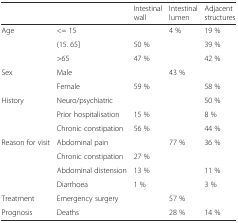
<table><thead><tr><td>[EMPTY_CELL]</td><td>[EMPTY_CELL]</td><td><b>Intestinal wall</b></td><td><b>Intestinal lumen</b></td><td><b>Adjacent structures</b></td></tr></thead><tbody><tr><td rowspan="3">Age</td><td>&lt;= 15</td><td>[EMPTY_CELL]</td><td>4 %</td><td>19 %</td></tr><tr><td>(15. 65]</td><td>50 %</td><td>[EMPTY_CELL]</td><td>39 %</td></tr><tr><td>&gt;65</td><td>47 %</td><td>[EMPTY_CELL]</td><td>42 %</td></tr><tr><td rowspan="2">Sex</td><td>Male</td><td>[EMPTY_CELL]</td><td>43 %</td><td>[EMPTY_CELL]</td></tr><tr><td>Female</td><td>59 %</td><td>[EMPTY_CELL]</td><td>58 %</td></tr><tr><td rowspan="3">History</td><td>Neuro/psychiatric</td><td>[EMPTY_CELL]</td><td>[EMPTY_CELL]</td><td>50 %</td></tr><tr><td>Prior hospitalisation</td><td>15 %</td><td>[EMPTY_CELL]</td><td>8 %</td></tr><tr><td>Chronic constipation</td><td>56 %</td><td>[EMPTY_CELL]</td><td>44 %</td></tr><tr><td rowspan="4">Reason for visit</td><td>Abdominal pain</td><td>[EMPTY_CELL]</td><td>77 %</td><td>36 %</td></tr><tr><td>Chronic constipation</td><td>27 %</td><td>[EMPTY_CELL]</td><td>[EMPTY_CELL]</td></tr><tr><td>Abdominal distension</td><td>13 %</td><td>[EMPTY_CELL]</td><td>11 %</td></tr><tr><td>Diarrhoea</td><td>1 %</td><td>[EMPTY_CELL]</td><td>3 %</td></tr><tr><td>Treatment</td><td>Emergency surgery</td><td>[EMPTY_CELL]</td><td>57 %</td><td>[EMPTY_CELL]</td></tr><tr><td>Prognosis</td><td>Deaths</td><td>[EMPTY_CELL]</td><td>28 %</td><td>14 %</td></tr></tbody></table>